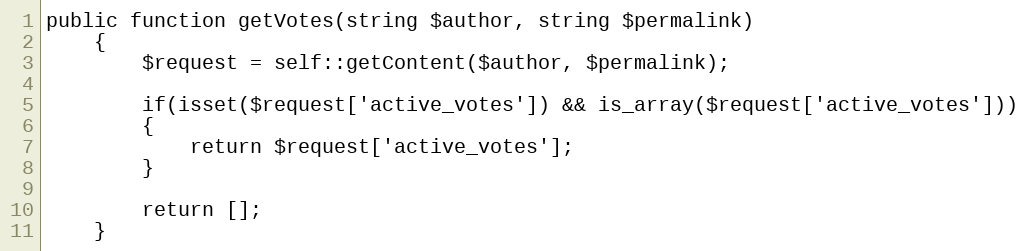
Language: PHP
public function getVotes(string $author, string $permalink)
    {
        $request = self::getContent($author, $permalink);

        if(isset($request['active_votes']) && is_array($request['active_votes']))
        {
            return $request['active_votes'];
        }

        return [];
    }